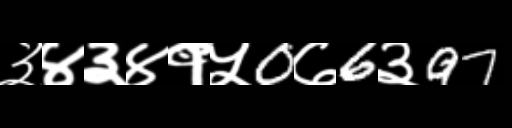
Text: ३४३४१५0७6३97